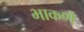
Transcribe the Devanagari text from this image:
भाकणे